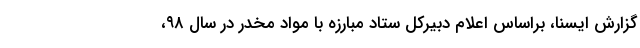
گزارش ایسنا، براساس اعلام دبیرکل ستاد مبارزه با مواد مخدر در سال ۹۸،